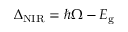
\Delta _ { \mathrm { N I R } } = \hbar \Omega - E _ { \mathrm { g } }